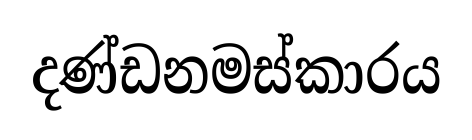
දණ්ඩනමස්කාරය